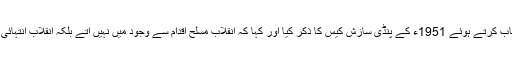
معروف مؤرخ ڈاکٹر مبارک علی نے تقریب سے خطاب کرتے ہوئے 1951ء کے پنڈی سازش کیس کا ذکر کیا اور کہا کہ انقلاب مسلح اقدام سے وجود میں نہیں آتے بلکہ انقلاب انتہائی نچلی سطح پر عوام کی مکمل تائید سے برپا ہوتا ہے۔